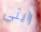
رايتي